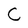
Character: C